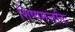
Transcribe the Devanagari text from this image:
शिष्यमन्ततिः